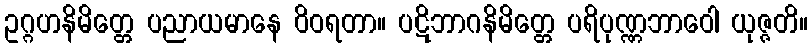
ဥဂ္ဂဟနိမိတ္တေ ပညာယမာနေ ဝိဝရတာ။ ပဋိဘာဂနိမိတ္တေ ပရိပုဏ္ဏဘာဝေါ ယုဇ္ဇတိ။